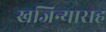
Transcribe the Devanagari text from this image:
खजिन्यासह